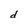
Character: d